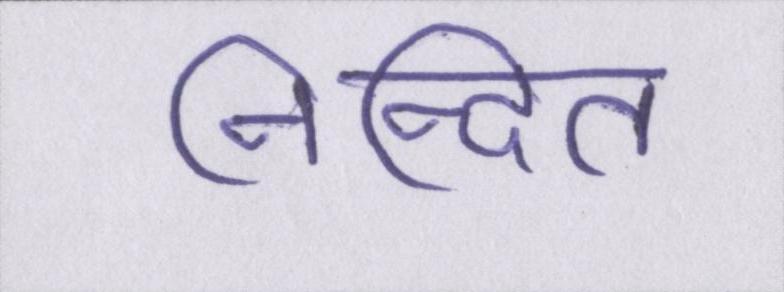
निन्दित